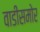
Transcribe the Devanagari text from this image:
वाडीसमोर